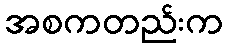
အစကတည်းက